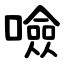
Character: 噞